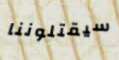
سيقتلوننا